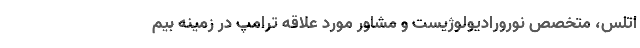
اتلس، متخصص نورورادیولوژیست و مشاور مورد علاقه ترامپ در زمینه بیم